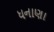
ધનાણા